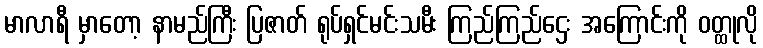
မာလာရီ မှာတော့ နာမည်ကြီး ပြဇာတ် ရုပ်ရှင်မင်းသမီး ကြည်ကြည်ဌေး အကြောင်းကို ဝတ္ထုလို